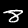
Digit: 8